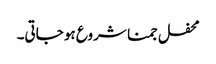
محفل جمنا شروع ہو جاتی۔